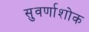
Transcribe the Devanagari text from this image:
सुवर्णाशोक